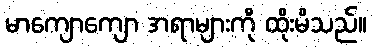
မာကျောကျော အရာများကို ထိုးမိသည်။